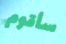
سأقوم